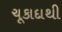
ચૂકાદાથી